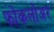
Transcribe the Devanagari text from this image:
फोकलोअर